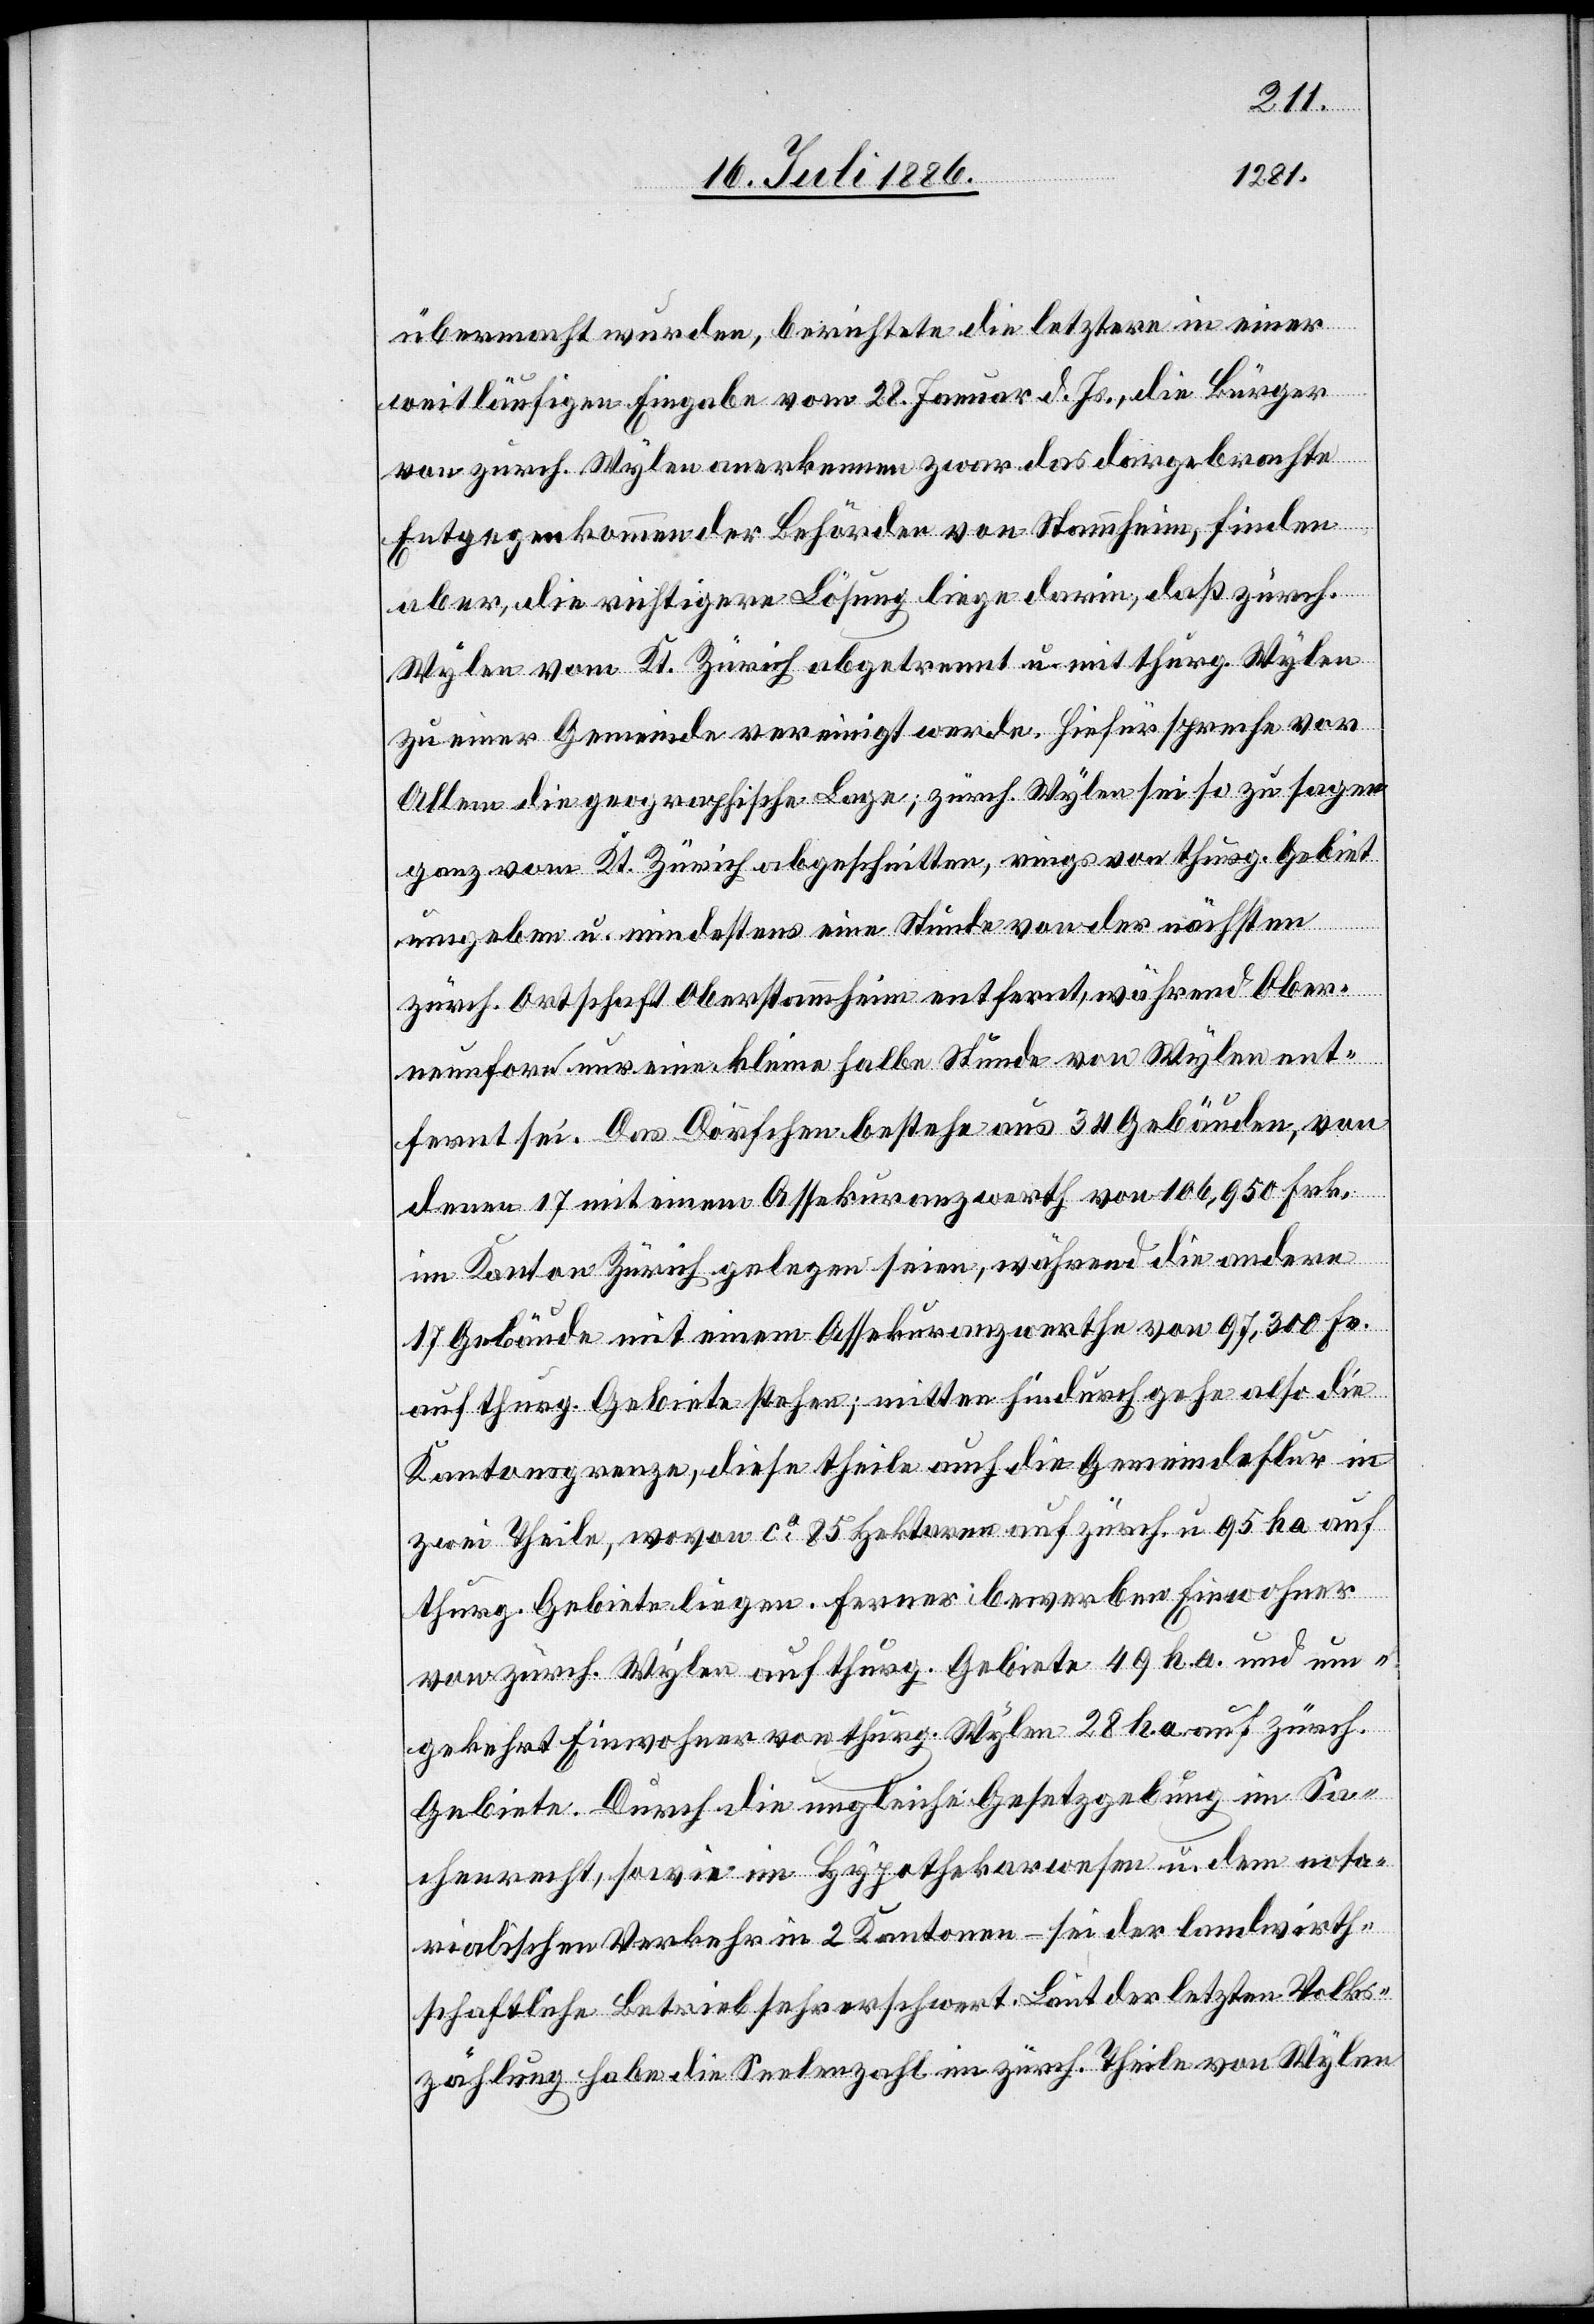
übermacht wurden, berichtete die letztere in einer
weitläufigen Eingabe vom 28. Januar d. Js., die Bürger
von zürch. Wylen anerkennen zwar das dargebrachte
Entgegenkommen der Behörden von Stammheim, finden
aber, die richtigere Lösung liege darin, daß zürch.
Wylen vom Kt. Zürich abgetrennt u. mit thurg. Wylen
zu einer Gemeinde vereinigt werde. Hiefür spreche vor
Allem die geographische Lage; zürch. Wylen sei so zu sagen
ganz vom Kt. Zürich abgeschnitten, rings von thurg. Gebiet
umgeben u. mindestens eine Stunde von der nächsten
zürch. Ortschaft Oberstammheim entfernt, während Ober¬
neunforn nur eine kleine halbe Stunde von Wylen ent¬
fernt sei. Das Dörfchen bestehe aus 34 Gebäuden, von
denen 17 mit einem Assekuranzwerth von 106,950 Frk.
im Kanton Zürich gelegen seien, während die andern
17 Gebäude mit einem Assekuranzwerthe von 97,950 Frk.
auf thurg. Gebiete stehen; mitten hindurch gehe also die
Kantonsgrenze, diese theile auch die Gemeindeflur in
zwei Theile, wovon ca 85 Hektaren auf zürch. u. 95 ha auf
thurg. Gebiete liegen. Ferner bewerben Einwohner
von zürch. Wylen auf thurg. Gebiete 49 h. a. und um¬
gekehrt Einwohner von thurg. Wylen 28 h. a. auf zürch.
Gebiete. Durch die ungleiche Gesetzgebung im Sa¬
chenrecht, sowie im Hypothekarwesen u. dem nota¬
rialischen Verkehr der 2 Kantone – sei der landwirth¬
schaftliche Betrieb sehr erschwert. Laut der letzten Volks¬
zählung habe die Seelenzahl im zürch. Theile von Wylen